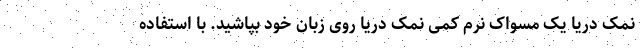
نمک دریا یک مسواک نرم کمی نمک دریا روی زبان خود بپاشید. با استفاده